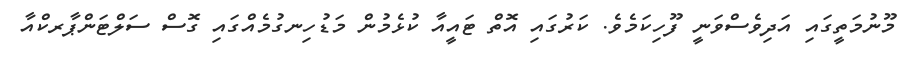
މޫނުމަތީގައި އަދިވެސްވަނީ ފޫހިކަމެވެ. ކަރުގައި އޮތް ޓައީއާ ކުޅެމުން މަޑުހިނގުމެއްގައި ގޮސް ސަލްޓަންޕާރކްއާ